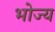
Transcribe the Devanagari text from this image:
भोज्‍य